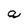
Character: a